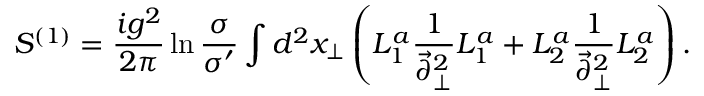
S ^ { ( 1 ) } = { \frac { i g ^ { 2 } } { 2 \pi } } \ln { \frac { \sigma } { \sigma ^ { \prime } } } \int d ^ { 2 } x _ { \perp } \left( L _ { 1 } ^ { a } { \frac { 1 } { \vec { \partial } _ { \perp } ^ { 2 } } } L _ { 1 } ^ { a } + L _ { 2 } ^ { a } { \frac { 1 } { \vec { \partial } _ { \perp } ^ { 2 } } } L _ { 2 } ^ { a } \right) .